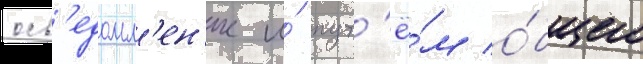
осв'едомл'ен'ие и́ пут'ё́м о́бщего